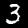
Label: 3